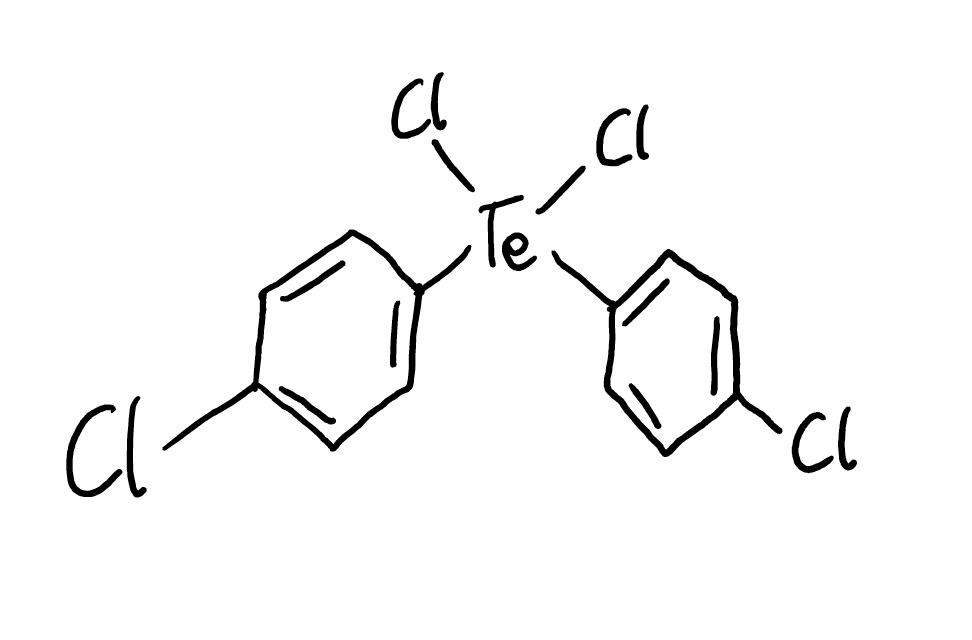
Simplified molecular-input line-entry system (SMILES) notation of the given molecule:
C1=CC(=CC=C1Cl)[Te](C2=CC=C(C=C2)Cl)(Cl)Cl